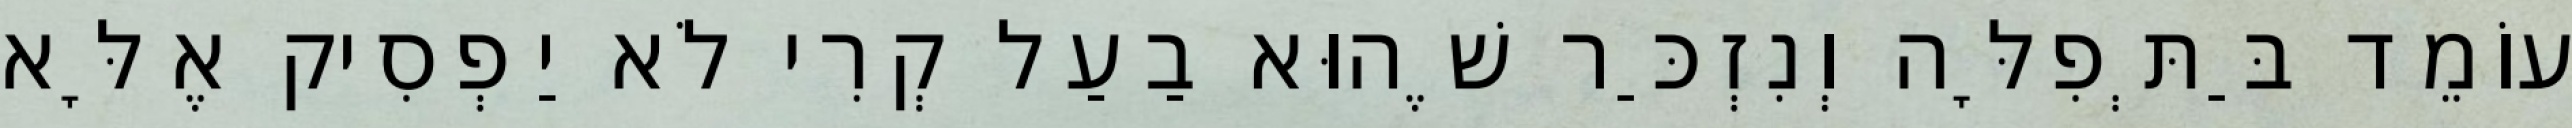
עוֹמֵד בַּתְּפִלָּה וְנִזְכַּר שֶׁהוּא בַעַל קְרִי לֹא יַפְסִיק אֶלָּא